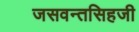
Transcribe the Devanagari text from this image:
जसवन्तसिहजी